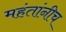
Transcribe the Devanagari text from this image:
महंतांनीच